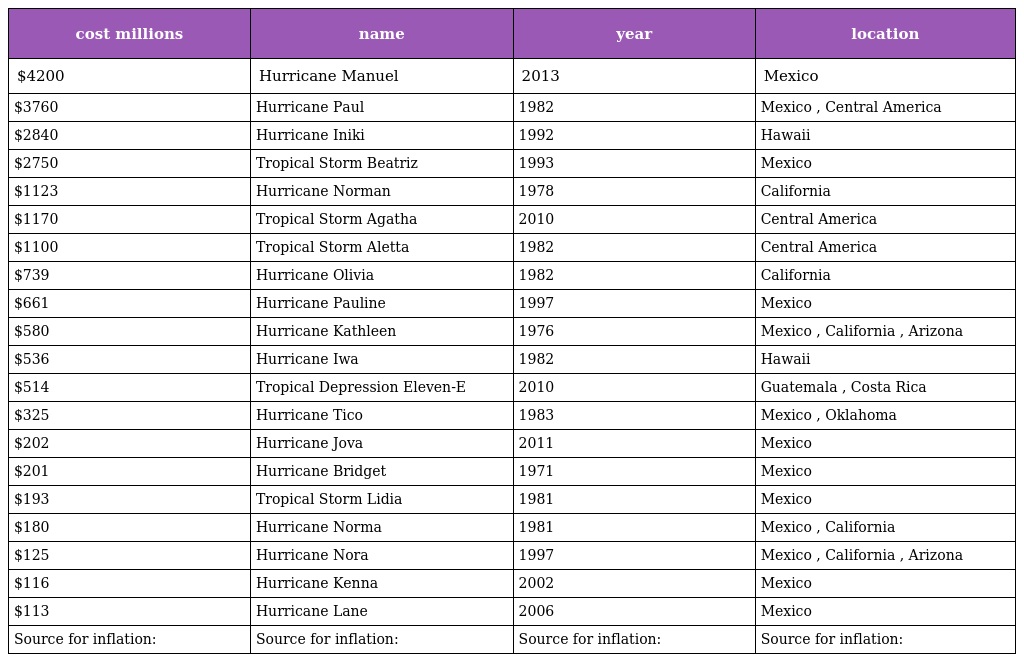
| cost millions | name | year | location |
 | --- | --- | --- | --- |
 | $4200 | Hurricane Manuel | 2013 | Mexico |
 | $3760 | Hurricane Paul | 1982 | Mexico , Central America |
 | $2840 | Hurricane Iniki | 1992 | Hawaii |
 | $2750 | Tropical Storm Beatriz | 1993 | Mexico |
 | $1123 | Hurricane Norman | 1978 | California |
 | $1170 | Tropical Storm Agatha | 2010 | Central America |
 | $1100 | Tropical Storm Aletta | 1982 | Central America |
 | $739 | Hurricane Olivia | 1982 | California |
 | $661 | Hurricane Pauline | 1997 | Mexico |
 | $580 | Hurricane Kathleen | 1976 | Mexico , California , Arizona |
 | $536 | Hurricane Iwa | 1982 | Hawaii |
 | $514 | Tropical Depression Eleven-E | 2010 | Guatemala , Costa Rica |
 | $325 | Hurricane Tico | 1983 | Mexico , Oklahoma |
 | $202 | Hurricane Jova | 2011 | Mexico |
 | $201 | Hurricane Bridget | 1971 | Mexico |
 | $193 | Tropical Storm Lidia | 1981 | Mexico |
 | $180 | Hurricane Norma | 1981 | Mexico , California |
 | $125 | Hurricane Nora | 1997 | Mexico , California , Arizona |
 | $116 | Hurricane Kenna | 2002 | Mexico |
 | $113 | Hurricane Lane | 2006 | Mexico |
 | Source for inflation: | Source for inflation: | Source for inflation: | Source for inflation: |